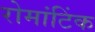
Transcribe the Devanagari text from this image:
रोमांटिंक